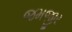
જમજીર